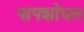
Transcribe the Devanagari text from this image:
पापशोधन